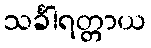
သင်္ခါရတ္တာယ